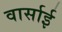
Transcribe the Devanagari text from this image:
वार्साई